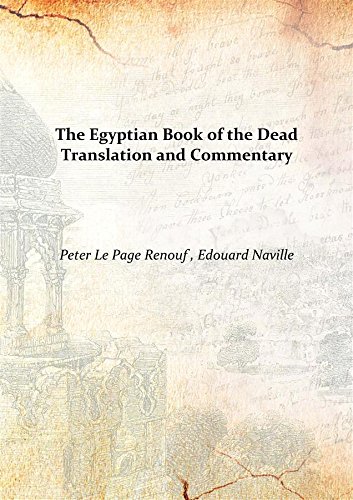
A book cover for The Egyptian Book of the Dead Translation and Commentary 1904 [Hardcover]; Edouard Naville Peter Le Page Renouf ; Religion & Spirituality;